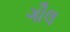
ગૌલ